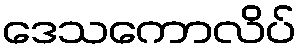
ဒေသကောလိပ်